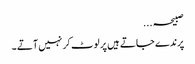
صبیحہ ...
پرندے جاتے ہیں پر لوٹ کر نہیں آتے ۔